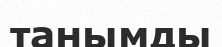
танымды